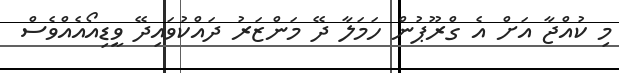
މި ކުއްޖާ އަށް އެ ގްރޫޕުން ހަމަލާ ދޭ މަންޒަރު ދައްކުވައިދޭ ވީޑިއޯއެއްވެސް